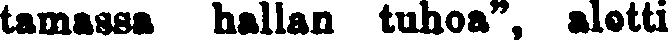
tamassa hallan tuhoa", alotti